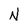
Character: N